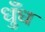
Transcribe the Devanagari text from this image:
धुँध